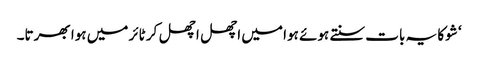
‘ شوکا یہ بات سنتے ہوئے ہوا میں اچھل اچھل کر ٹائر میں ہوا بھرتا۔